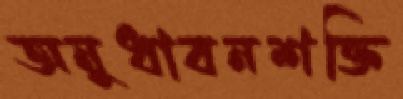
অনুধাবনশক্তি